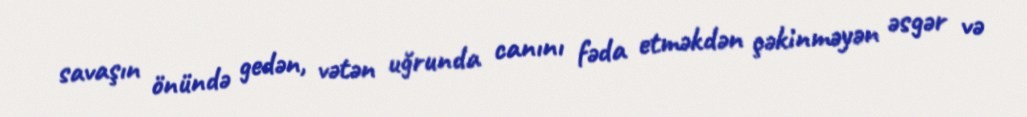
savaşın önündə gedən, vətən uğrunda canını fəda etməkdən çəkinməyən əsgər və